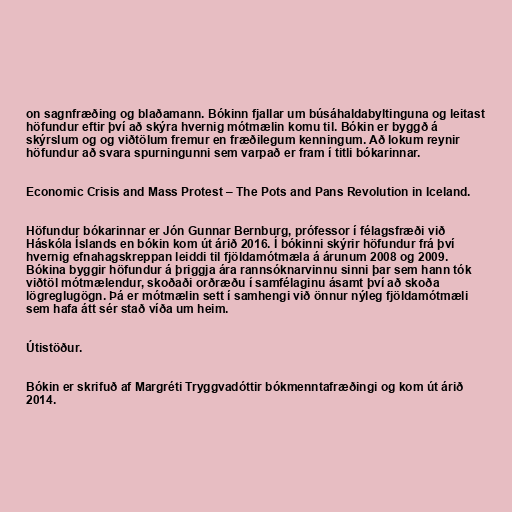
on sagnfræðing og blaðamann. Bókinn fjallar um búsáhaldabyltinguna og leitast
höfundur eftir því að skýra hvernig mótmælin komu til. Bókin er byggð á
skýrslum og og viðtölum fremur en fræðilegum kenningum. Að lokum reynir
höfundur að svara spurningunni sem varpað er fram í titli bókarinnar.

Economic Crisis and Mass Protest – The Pots and Pans Revolution in Iceland.

Höfundur bókarinnar er Jón Gunnar Bernburg, prófessor í félagsfræði við
Háskóla Íslands en bókin kom út árið 2016. Í bókinni skýrir höfundur frá því
hvernig efnahagskreppan leiddi til fjöldamótmæla á árunum 2008 og 2009.
Bókina byggir höfundur á þriggja ára rannsóknarvinnu sinni þar sem hann tók
viðtöl mótmælendur, skoðaði orðræðu í samfélaginu ásamt því að skoða
lögreglugögn. Þá er mótmælin sett í samhengi við önnur nýleg fjöldamótmæli
sem hafa átt sér stað víða um heim.

Útistöður.

Bókin er skrifuð af Margréti Tryggvadóttir bókmenntafræðingi og kom út árið
2014.